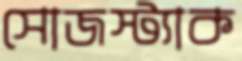
সোজস্ট্যাক